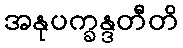
အနုပက္ခန္ဒတီတိ